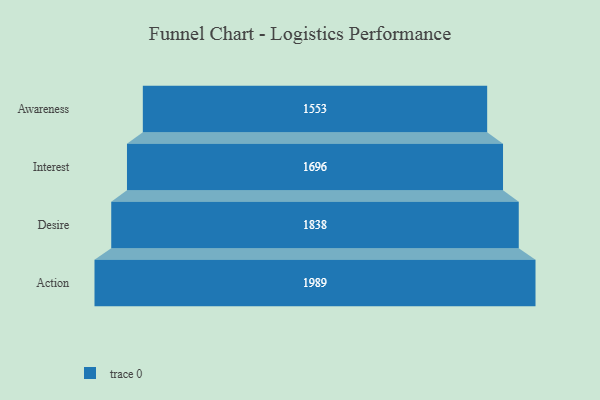
{"axis": {"x": "Stage", "y": "Value"}, "legend": [""], "data": [{"x": "Awareness", "y": 1553.0, "type": ""}, {"x": "Interest", "y": 1696.0, "type": ""}, {"x": "Desire", "y": 1838.0, "type": ""}, {"x": "Action", "y": 1989.0, "type": ""}]}